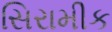
સિરામીક